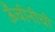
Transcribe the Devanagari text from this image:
ऊँचीनीची